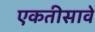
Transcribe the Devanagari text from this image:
एकतीसावे